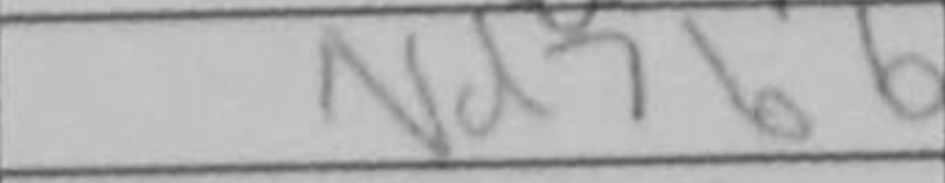
Transcription: Nd7b6